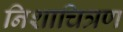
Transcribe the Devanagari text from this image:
निशाचित्रण